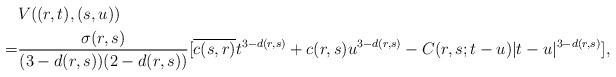
LaTeX: \begin{align*} &V((r,t),(s,u)) \\=&\frac{\sigma(r,s)}{(3-d(r,s))(2-d(r,s))} [\overline{c(s,r)}t^{3-d(r,s)}+c(r,s) u^{3-d(r,s)}-C(r,s;t-u) \vert t-u \vert ^{3-d(r,s)}] ,\end{align*}